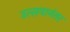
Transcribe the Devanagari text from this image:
उत्सवानंतर